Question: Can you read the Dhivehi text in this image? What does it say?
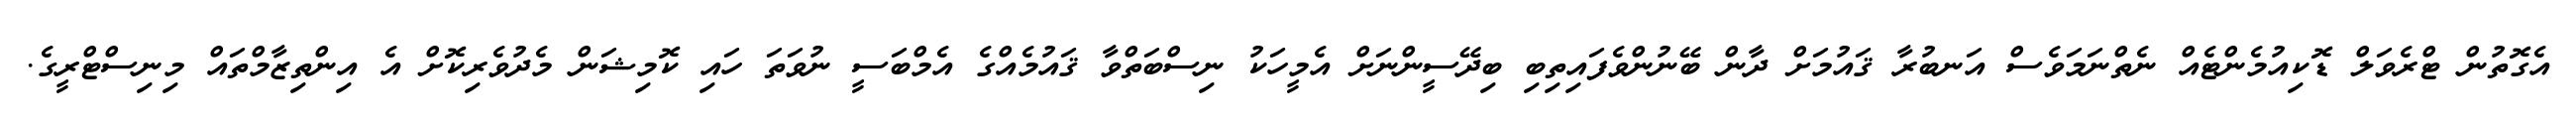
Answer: އެގޮތުން ޓްރެވަލް ޑޮކިއުމެންޓެއް ނެތްނަމަވެސް އަނބުރާ ޤައުމަށް ދާން ބޭނުންވެފައިތިބި ބިދޭސީންނަށް އެމީހަކު ނިސްބަތްވާ ޤައުމެއްގެ އެމްބަސީ ނުވަތަ ހައި ކޮމިޝަން މެދުވެރިކޮށް އެ އިންތިޒާމްތައް މިނިސްޓްރީގެ.